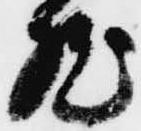
然